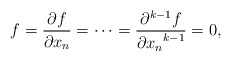
\begin{align*}f=\frac{\partial f}{\partial x_n}=\cdots=\frac{\partial^{k-1}f}{{\partial x_n}^{k-1}}=0,\end{align*}